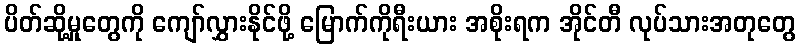
ပိတ်ဆို့မှုတွေကို ကျော်လွှားနိုင်ဖို့ မြောက်ကိုရီးယား အစိုးရက အိုင်တီ လုပ်သားအတုတွေ